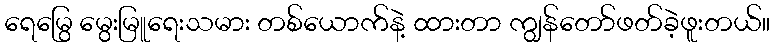
ရေမြွေ မွေးမြူရေးသမား တစ်ယောက်နဲ့ ထားတာ ကျွန်တော်ဖတ်ခဲ့ဖူးတယ်။